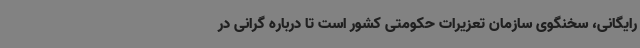
رایگانی، سخنگوی سازمان تعزیرات حکومتی کشور است تا درباره گرانی در